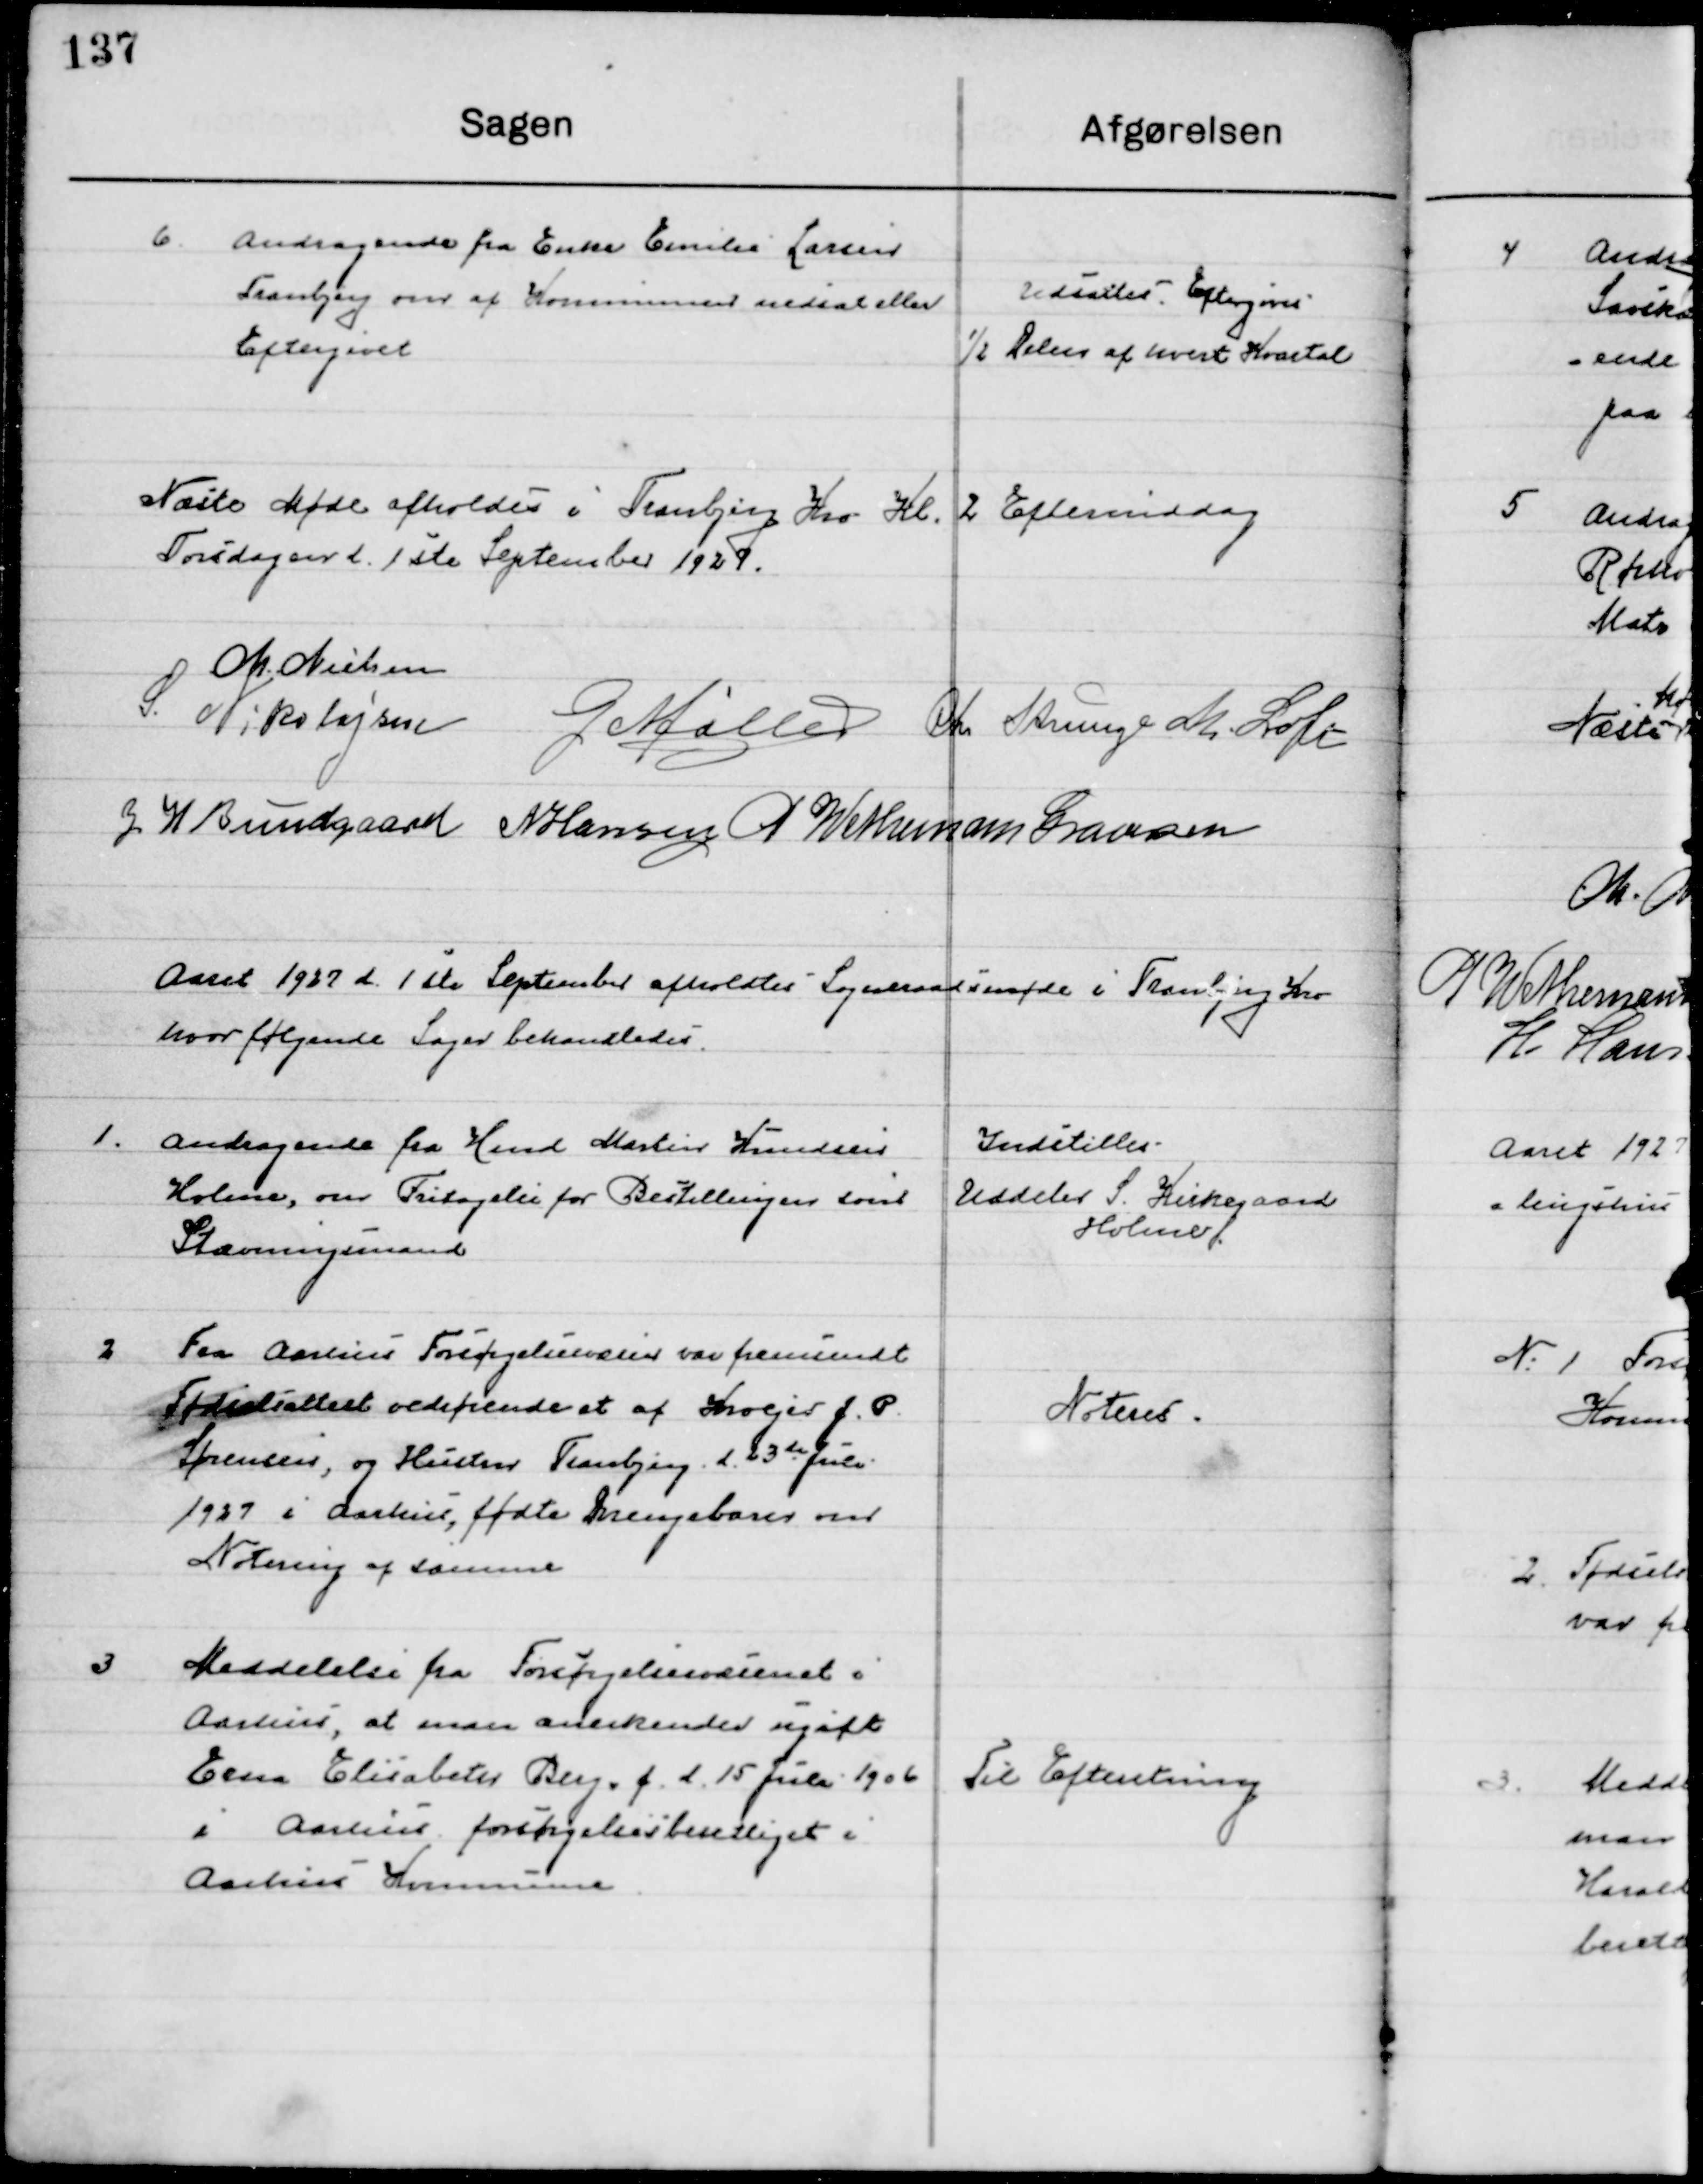
Transskription:
6

Andragende fra Enke Emiles Larsen
Tranbjerg om af Kommunens nedsat eller
Eftergivet.

Udsættes, Eftergives
½ Delen af 1 hvert Kvartal

Næste Møde afholdes i Tranbjerg Kro d. Kl. 2 Eftermiddag
Torsdag d. 1ste September 1927.

M. Nielsen
S. Nikolajsen
G. Møller
Chr. Strunge
M. Loft
J. H. Bundgaard
N. Hansen
P. Wethemann Graversen

Aaret 1927 d. 1ste September afholdtes  Sogneraadsmøde i Tranbjerg Kro
hvor følgende Sager behandledes.

1

Andragende fra Hmd. Martin Hansen
Holme, om Fritagelse for Bestillingen som
Stævningsmand.

Indstilles
Uddeler S. Kirkegaard
Holme

2

Fra Aarhus Forsørgelsesvæsen var fremsendt
Fødselsattest vedrørende at af Kroejer J. P.
Sørensen, og Hustru Tranbjerg d. 23de Juli
1927 i Aarhus, fødte Drengebarn om  	
Notering af samme.

Noteres

3

Meddelelse fra Forsørgelsesvæsen i
Aarhus, at man anerkender ugift
Erna Elisabeth Berg, f. d. 15 Juli 1906
i Aarhus, forsørgelsesberettiget i 
Aarhus Kommune

Til Efterretning